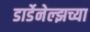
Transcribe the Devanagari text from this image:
डार्डेनेल्झच्या